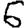
Digit: 6